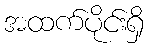
အထက်ပိုင်းရှိ